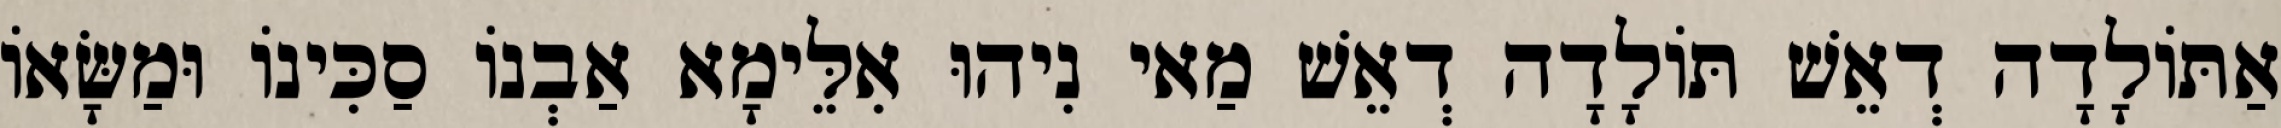
אַתּוֹלָדָה דְאֵשׁ תּוֹלָדָה דְאֵשׁ מַאי נִיהוּ אִלֵּימָא אַבְנוֹ סַכִּינוֹ וּמַשָּׂאוֹ